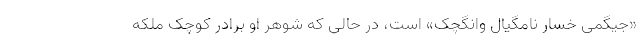
«جیگمی خسار نامگیال وانگچک» است، در حالی که شوهر او برادر کوچک ملکه